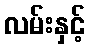
လမ်းနှင့်